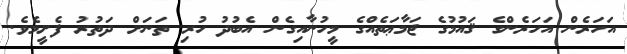
އަހަރެން އަހަރެންގެ ޤައުމުގެ ޖަމާޢަތެއްގެ މީހުނާއިގެން އެބުދު ހުރި ތަނަށް ދަތުރު ފެށީމެވެ.